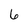
Character: 6